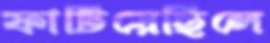
ফাটিয়েছিলে